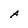
Character: A